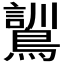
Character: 𮭌